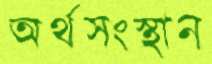
অর্থসংস্থান